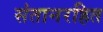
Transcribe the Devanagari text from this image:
संतानरहित